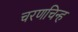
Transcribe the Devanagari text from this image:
चरणचिन्ह